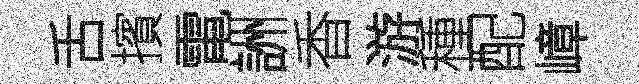
舌擯電詶香游種配嶂